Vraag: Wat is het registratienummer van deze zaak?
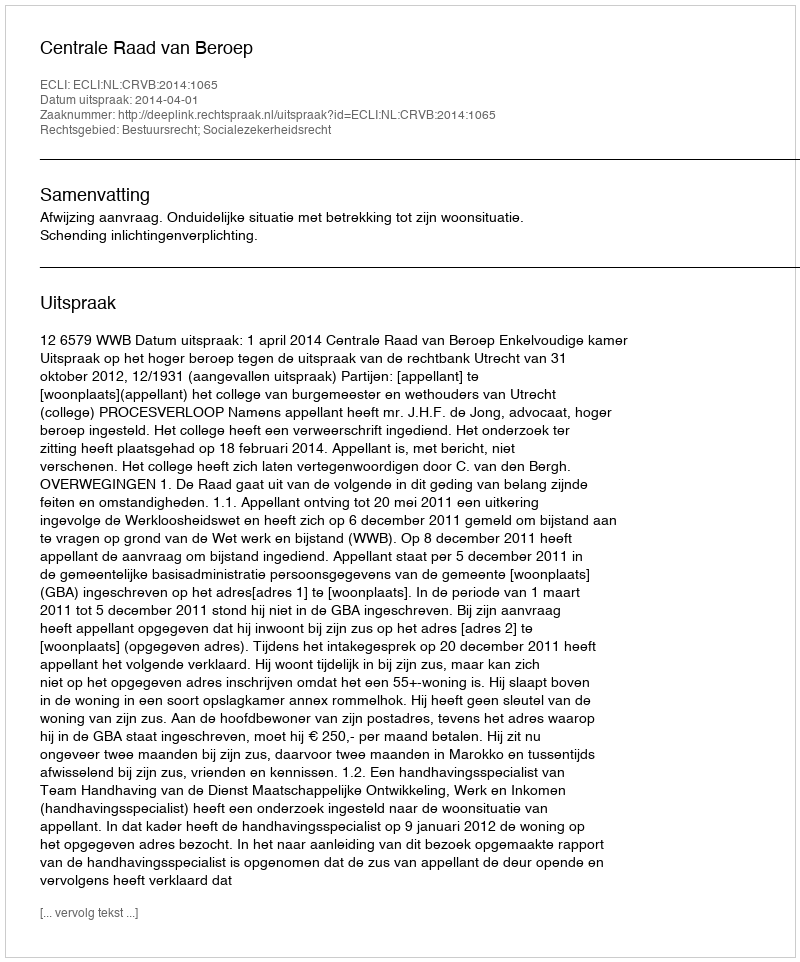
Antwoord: http://deeplink.rechtspraak.nl/uitspraak?id=ECLI:NL:CRVB:2014:1065